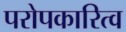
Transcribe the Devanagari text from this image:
परोपकारित्व